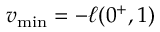
v _ { \operatorname* { m i n } } = - \ell ( 0 ^ { + } , 1 )